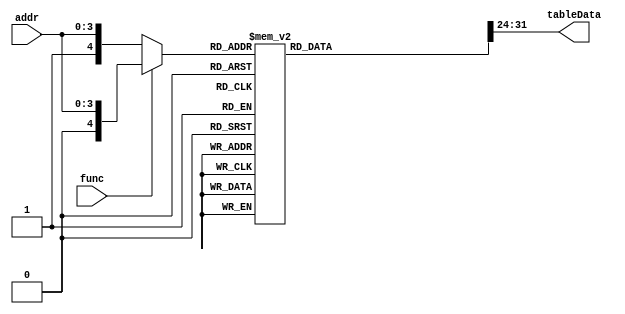
`timescale 1 ns/ 100 ps

module Table ( func,addr, tableData );
	
	parameter ADDR_WIDTH = 4;
	parameter F_WIDTH = 8;
	
	input func;
	input [ADDR_WIDTH - 1:0] addr;
	output [F_WIDTH - 1: 0 ] tableData;
	
	wire [ADDR_WIDTH :0] addr_table;
	reg [31:0]temp;
	
	
	assign addr_table = (func==1'b1) ? {1'b0,addr} : {1'b1,addr};
	always @( addr_table ) begin
		temp <= 0;
		case ( addr_table )
			0: temp <=  32'h00000000;
			1: temp <=  32'h80000000;  //Fixed point representation of 1/1*1/2
			2: temp <=  32'h15555555;  //Fixed point representation of 1/3*1/4
			3: temp <=  32'h08888889;  //Fixed point representation of 1/5*1/6						 
			4: temp <=  32'h04924925 ; //Fixed point representation of 1/7*1/8
			5: temp <=  32'h02D82D83;  //Fixed point representation of 1/9*1/10
			6: temp <=  32'h01F07C1F;  //Fixed point representation of 1/11*1/12
			7: temp <=  32'h01681681;  //Fixed point representation of 1/13*1/14
			8: temp <=  32'h01111111;  //Fixed point representation of 1/15*1/16
			9: temp <=  32'h00D62B81;  //Fixed point representation of 1/17*1/18
			10: temp<=  32'h00AC7692;  //Fixed point representation of 1/19*1/20
			11: temp<=  32'h008DDA52;  //Fixed point representation of 1/21*1/22
			12: temp<=  32'h0076B982;  //Fixed point representation of 1/23*1/24
		  13: temp<=  32'h0064D31A;  //Fixed point representation of 1/25*1/26
			14: temp<=  32'h0056B016;  //Fixed point representation of 1/27*1/28
			15: temp<=  32'h004B5428;  //Fixed point representation of 1/29*1/30
			16: temp<=  32'h00421084;  //Fixed point representation of 1/31*1/32
			17: temp<=  32'h003A68F5;  //Fixed point representation of 1/33*1/34
			18: temp<=  32'h00340340;  //Fixed point representation of 1/35*1/36
			19: temp<=  32'h002E9C96;  //Fixed point representation of 1/37*1/38
			20: temp<=  32'h002A02A0;  //Fixed point representation of 1/39*1/40
			21: temp<=  32'h00260EDE;  //Fixed point representation of 1/41*1/42
			22: temp<=  32'h0022A373;  //Fixed point representation of 1/43*1/44
			23: temp<=  32'h001FA8EF;  //Fixed point representation of 1/45*1/46
			24: temp<=  32'h001D0CB6;  //Fixed point representation of 1/47*1/48
			25: temp<=  32'h001ABFD8;  //Fixed point representation of 1/49*1/50
			26: temp<=  32'h0018B640;  //Fixed point representation of 1/51*1/52
		  27: temp<=  32'h0016E60F;  //Fixed point representation of 1/53*1/54
			28: temp<=  32'h00154726;  //Fixed point representation of 1/55*1/56
			29: temp<=  32'h0013D2C7;  //Fixed point representation of 1/57*1/58
			30: temp<=  32'h00128354;  //Fixed point representation of 1/59*1/60
			31: temp<=  32'h00115412;  //Fixed point representation of 1/61*1/62
			32: temp <=  32'hFFFFFFFF; //Fixed point representation of 1/1
			33: temp <=  32'h2AAAAAAB;  //Fixed point representation of 1/2*1/3
			34: temp <=  32'h0CCCCCCD;  //Fixed point representation of 1/4*1/5
			35: temp <=  32'h06186186;  //Fixed point representation of 1/6*1/7						 
			36: temp <=  32'h038E38E4; //Fixed point representation of 1/8*1/9
			37: temp <=  32'h0253C825;  //Fixed point representation of 1/10*1/11
			38: temp <=  32'h01A41A42;  //Fixed point representation of 1/12*1/13
			39: temp <=  32'h01381381;  //Fixed point representation of 1/14*1/15
			40: temp <=  32'h00F0F0F1;  //Fixed point representation of 1/16*1/17
			41: temp <=  32'h00BFA030;  //Fixed point representation of 1/18*1/19
			42: temp<=   32'h009C09C1;  //Fixed point representation of 1/20*1/21
			43: temp<=   32'h0081848E;  //Fixed point representation of 1/22*1/23
			44: temp<=   32'h006D3A07;  //Fixed point representation of 1/24*1/25
		  45: temp<=   32'h005D5B2B;  //Fixed point representation of 1/26*1/27
			46: temp<=   32'h0050B599;  //Fixed point representation of 1/28*1/29
			47: temp<=   32'h00467804;  //Fixed point representation of 1/30*1/31
			48: temp<=   32'h003E0F84;  //Fixed point representation of 1/32*1/33
			49: temp<=   32'h00371280;  //Fixed point representation of 1/34*1/35
			50: temp<=   32'h00313382;  //Fixed point representation of 1/36*1/37
			51: temp<=   32'h002C38A9;  //Fixed point representation of 1/38*1/39
			52: temp<=   32'h0027F602;  //Fixed point representation of 1/40*1/41
			53: temp<=   32'h002449B6;  //Fixed point representation of 1/43*1/42
			54: temp<=   32'h00211957;  //Fixed point representation of 1/45*1/44
			55: temp<=   32'h001E500B;  //Fixed point representation of 1/47*1/46
			56: temp<=   32'h001BDD2C;  //Fixed point representation of 1/49*1/48
			57: temp<=   32'h0019B34D;  //Fixed point representation of 1/51*1/50
			58: temp<=   32'h0017C786;  //Fixed point representation of 1/53*1/52
		  59: temp<=   32'h001610E5;  //Fixed point representation of 1/55*1/54
			60: temp<=   32'h00148805;  //Fixed point representation of 1/57*1/56
			61: temp<=   32'h001326C0;  //Fixed point representation of 1/59*1/58
			62: temp<=   32'h0011E7F0;  //Fixed point representation of 1/61*1/60
			63: temp<=   32'h0010C708;  //Fixed point representation of 1/63*1/62
		
		endcase
	end  
	
	assign tableData = temp[31: 31 - F_WIDTH + 1 ];
endmodule